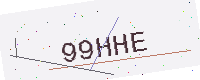
Text: 99HHE